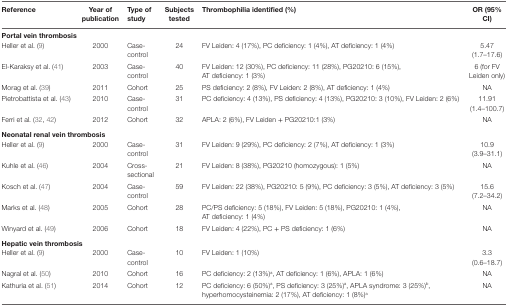
<table><thead><tr><td><b>Reference</b></td><td><b>Year of publication</b></td><td><b>Type of study</b></td><td><b>Subjects tested</b></td><td><b>Thrombophilia identified (%)</b></td><td><b>OR (95% CI)</b></td></tr></thead><tbody><tr><td colspan="6"><b>Portal vein thrombosis</b></td></tr><tr><td>Heller et al. (9)</td><td>2000</td><td>Case-control</td><td>24</td><td>FV Leiden: 4 (17%), PC deficiency: 1 (4%), AT deficiency: 1 (4%)</td><td>5.47 (1.7–17.6)</td></tr><tr><td>El-Karaksy et al. (41)</td><td>2003</td><td>Case-control</td><td>40</td><td>FV Leiden: 12 (30%), PC deficiency: 11 (28%), PG20210: 6 (15%), AT deficiency: 1 (3%)</td><td>6 (for FV Leiden only)</td></tr><tr><td>Morag et al. (39)</td><td>2011</td><td>Cohort</td><td>25</td><td>PS deficiency: 2 (8%), FV Leiden: 2 (8%), AT deficiency: 1 (4%)</td><td>NA</td></tr><tr><td>Pietrobattista et al. (43)</td><td>2010</td><td>Case-control</td><td>31</td><td>PC deficiency: 4 (13%), PS deficiency: 4 (13%), PG20210: 3 (10%), FV Leiden: 2 (6%)</td><td>11.91 (1.4–100.7)</td></tr><tr><td>Ferri et al. (32, 42)</td><td>2012</td><td>Cohort</td><td>32</td><td>APLA: 2 (6%), FV Leiden + PG20210:1 (3%)</td><td>NA</td></tr><tr><td colspan="6"><b>Neonatal renal vein thrombosis</b></td></tr><tr><td>Heller et al. (9)</td><td>2000</td><td>Case-control</td><td>31</td><td>FV Leiden: 9 (29%), PC deficiency: 2 (7%), AT deficiency: 1 (3%)</td><td>10.9 (3.9–31.1)</td></tr><tr><td>Kuhle et al. (46)</td><td>2004</td><td>Cross-sectional</td><td>21</td><td>FV Leiden: 8 (38%), PG20210 (homozygous): 1 (5%)</td><td>NA</td></tr><tr><td>Kosch et al. (47)</td><td>2004</td><td>Case-control</td><td>59</td><td>FV Leiden: 22 (38%), PG20210: 5 (9%), PC deficiency: 3 (5%), AT deficiency: 3 (5%)</td><td>15.6 (7.2–34.2)</td></tr><tr><td>Marks et al. (48)</td><td>2005</td><td>Cohort</td><td>28</td><td>PC/PS deficiency: 5 (18%), FV Leiden: 5 (18%), PG20210: 1 (4%), AT deficiency: 1 (4%)</td><td>NA</td></tr><tr><td>Winyard et al. (49)</td><td>2006</td><td>Cohort</td><td>18</td><td>FV Leiden: 4 (22%), PC + PS deficiency: 1 (6%)</td><td>NA</td></tr><tr><td colspan="6"><b>Hepatic vein thrombosis</b></td></tr><tr><td>Heller et al. (9)</td><td>2000</td><td>Case-control</td><td>10</td><td>FV Leiden: 1 (10%)</td><td>3.3 (0.6–18.7)</td></tr><tr><td>Nagral et al. (50)</td><td>2010</td><td>Cohort</td><td>16</td><td>PC deficiency: 2 (13%)<sup>a</sup>, AT deficiency: 1 (6%), APLA: 1 (6%)</td><td>NA</td></tr><tr><td>Kathuria et al. (51)</td><td>2014</td><td>Cohort</td><td>12</td><td>PC deficiency: 6 (50%)<sup>a</sup>, PS deficiency: 3 (25%)<sup>a</sup>, APLA syndrome: 3 (25%)<sup>b</sup>, hyperhomocysteinemia: 2 (17%), AT deficiency: 1 (8%)<sup>a</sup></td><td>NA</td></tr></tbody></table>